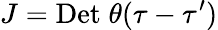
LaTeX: J=\mathrm{Det}\; \theta(\tau-\tau^{\prime})